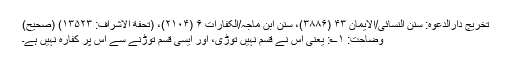
تخریج دارالدعوہ: سنن النسائی/الأیمان ۴۳ (۳۸۸۶)، سنن ابن ماجہ/الکفارات ۶ (۲۱۰۴)، (تحفة الأشراف: ۱۳۵۲۳) (صحیح)
وضاحت: ۱؎: یعنی اس نے قسم نہیں توڑی، اور ایسی قسم توڑنے سے اس پر کفارہ نہیں ہے۔